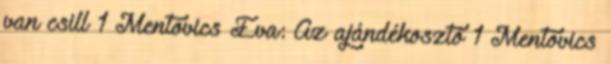
van csill 1 Mentovics Éva: Az ajándékosztó 1 Mentovics